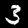
Digit: 3